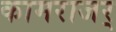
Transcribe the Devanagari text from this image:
कामराजर्